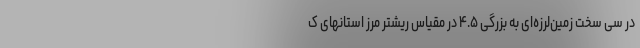
در سی سخت زمین‌لرزه‌ای به بزرگی ۴.۵ در مقیاس ریشتر مرز استانهای ک